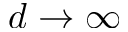
d \to \infty